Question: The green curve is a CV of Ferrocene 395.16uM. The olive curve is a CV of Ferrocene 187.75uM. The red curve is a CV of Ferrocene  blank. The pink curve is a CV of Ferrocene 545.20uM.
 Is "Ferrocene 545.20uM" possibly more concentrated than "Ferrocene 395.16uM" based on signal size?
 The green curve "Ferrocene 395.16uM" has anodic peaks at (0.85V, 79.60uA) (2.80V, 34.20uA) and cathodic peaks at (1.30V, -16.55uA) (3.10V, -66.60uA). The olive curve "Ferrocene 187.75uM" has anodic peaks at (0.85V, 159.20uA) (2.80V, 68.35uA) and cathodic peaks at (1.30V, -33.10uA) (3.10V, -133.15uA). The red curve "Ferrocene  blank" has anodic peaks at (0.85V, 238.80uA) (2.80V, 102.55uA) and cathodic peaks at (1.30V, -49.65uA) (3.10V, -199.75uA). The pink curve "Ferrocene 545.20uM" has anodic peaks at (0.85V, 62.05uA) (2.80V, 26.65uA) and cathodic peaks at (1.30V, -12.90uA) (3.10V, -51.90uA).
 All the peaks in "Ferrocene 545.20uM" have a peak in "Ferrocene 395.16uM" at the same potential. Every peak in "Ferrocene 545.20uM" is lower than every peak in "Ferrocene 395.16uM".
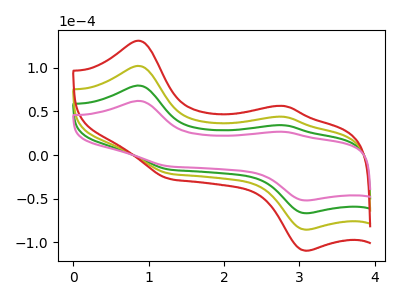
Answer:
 <answer>"Ferrocene 545.20uM" has less signal than "Ferrocene 395.16uM".</answer>
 <eval>less_signal</eval>